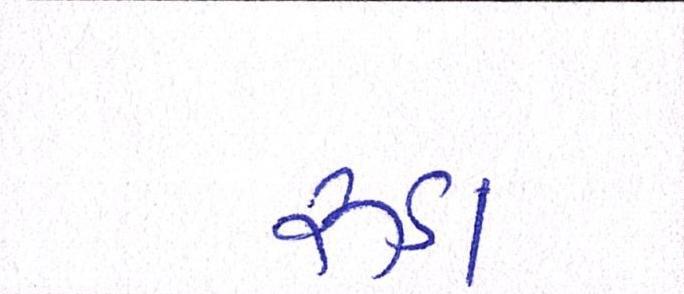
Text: રૂડા